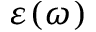
\varepsilon ( \omega )